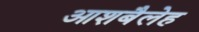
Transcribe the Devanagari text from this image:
आशबैलेह